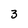
Character: 3